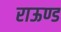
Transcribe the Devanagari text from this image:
राऊण्ड